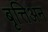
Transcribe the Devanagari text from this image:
बृत्तिअन